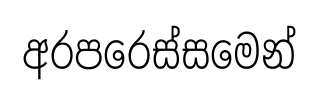
අරපරෙස්සමෙන්